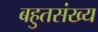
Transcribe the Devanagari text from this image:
बहुतसंख्य